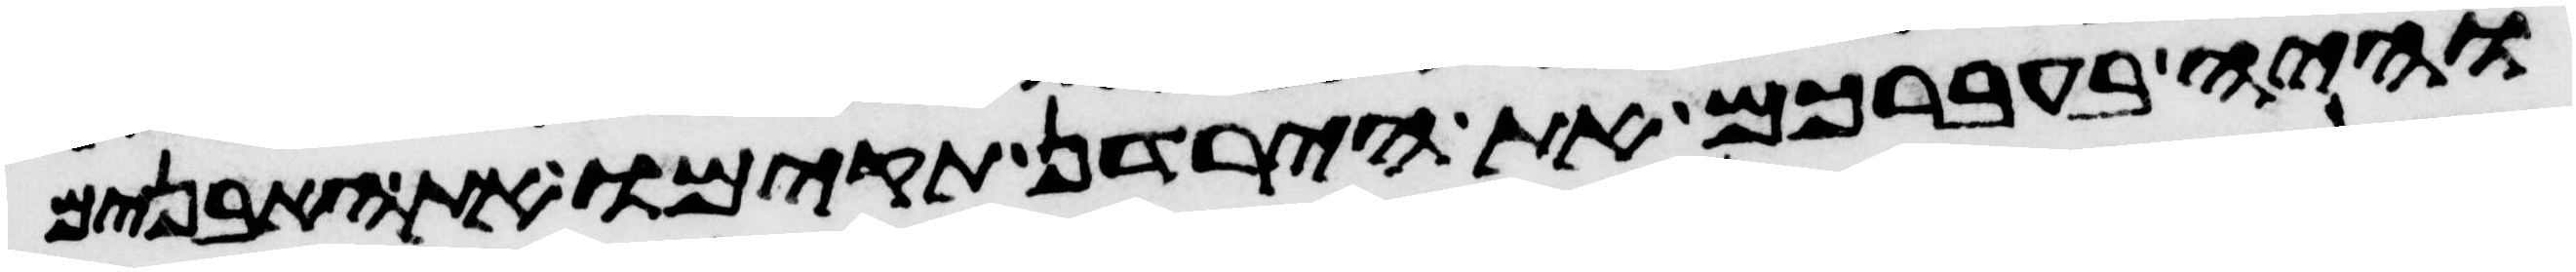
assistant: והיה בעברכם את הירדן תקימו את האבנים